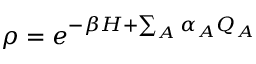
\rho = e ^ { - \beta H + \sum _ { A } \alpha _ { A } Q _ { A } }